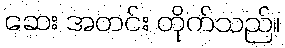
ဆေး အတင်း တိုက်သည်။